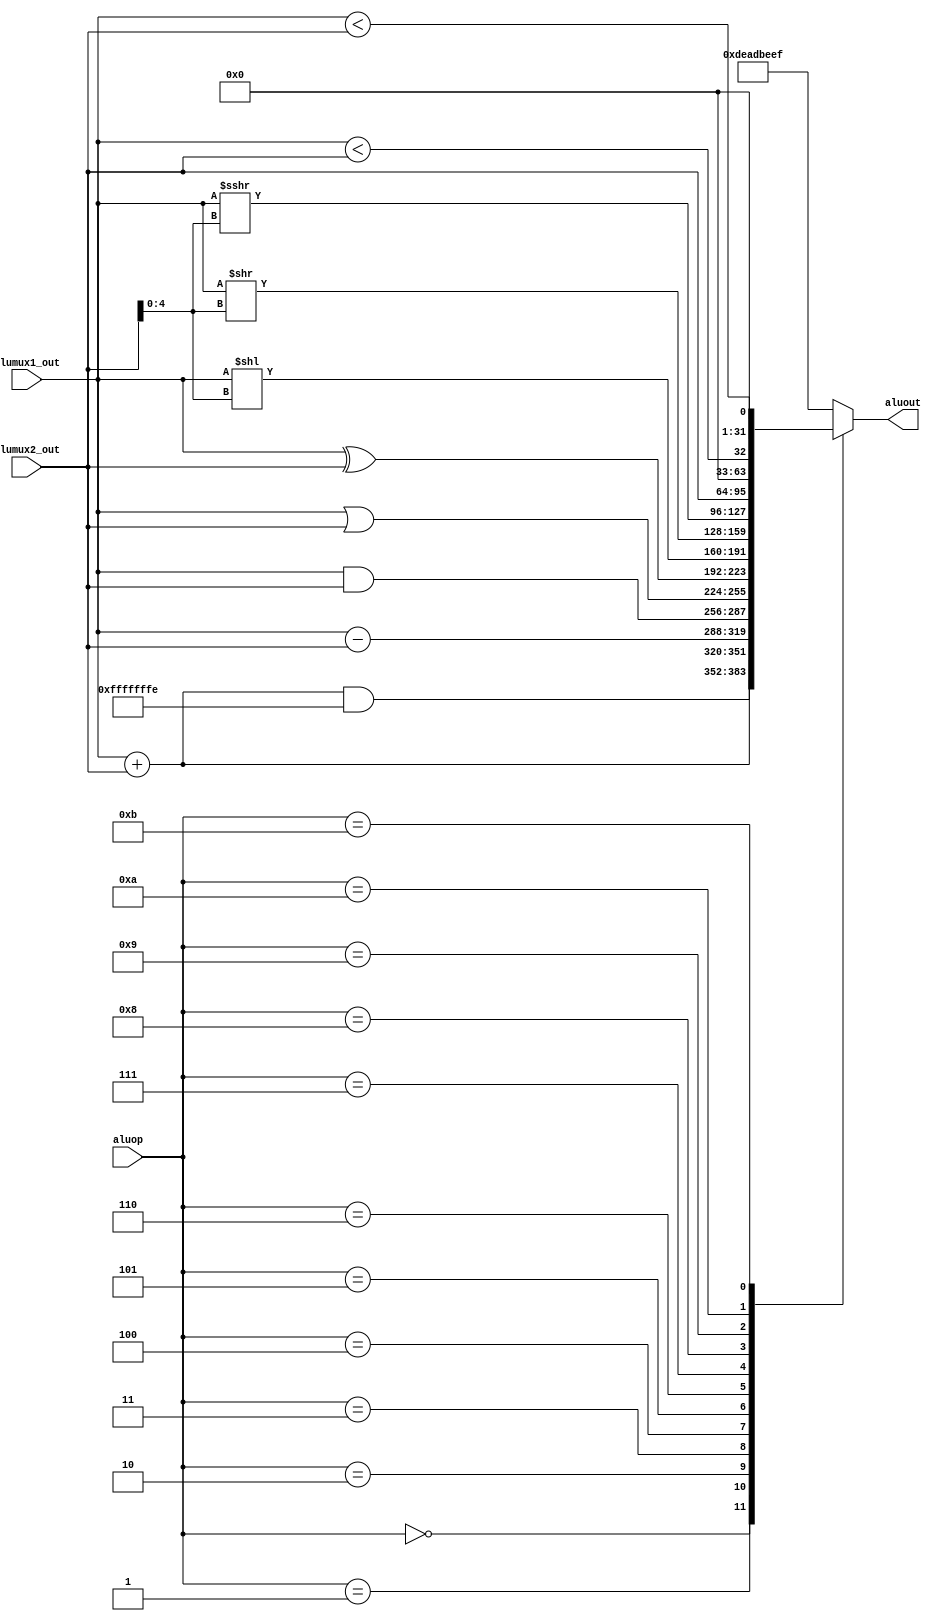
module alu (aluop, alumux1_out, alumux2_out, aluout);
input [3:0] aluop;
input [31:0] alumux1_out, alumux2_out;
output reg [31:0] aluout = 0;

wire [4:0] shamt = alumux2_out[4:0]; // Shift amount

always @(aluop, alumux1_out, alumux2_out) begin
    case (aluop)
        4'b0000: aluout <= (alumux1_out + alumux2_out) & -2; // addspecial
        4'b0001: aluout <= alumux1_out + alumux2_out; // add
        4'b0010: aluout <= alumux1_out - alumux2_out; // sub
        4'b0011: aluout <= alumux1_out & alumux2_out; // and
        4'b0100: aluout <= alumux1_out | alumux2_out; // or
        4'b0101: aluout <= alumux1_out ^ alumux2_out; // xor
        4'b0110: aluout <= alumux1_out << shamt; // shiftleftlogical
        4'b0111: aluout <= alumux1_out >> shamt; // shiftrightlogical
        4'b1000: aluout <= $signed(alumux1_out) >>> $signed(shamt); // shiftrightarithm
        4'b1001: aluout <= alumux2_out; // passthrough
        4'b1010: aluout <= $signed(alumux1_out) < $signed(alumux2_out); // compareless
        4'b1011: aluout <= alumux1_out < alumux2_out; // comparelessunsign
        default: aluout <= 32'hDEADBEEF; // Error!!!
    endcase
end
endmodule